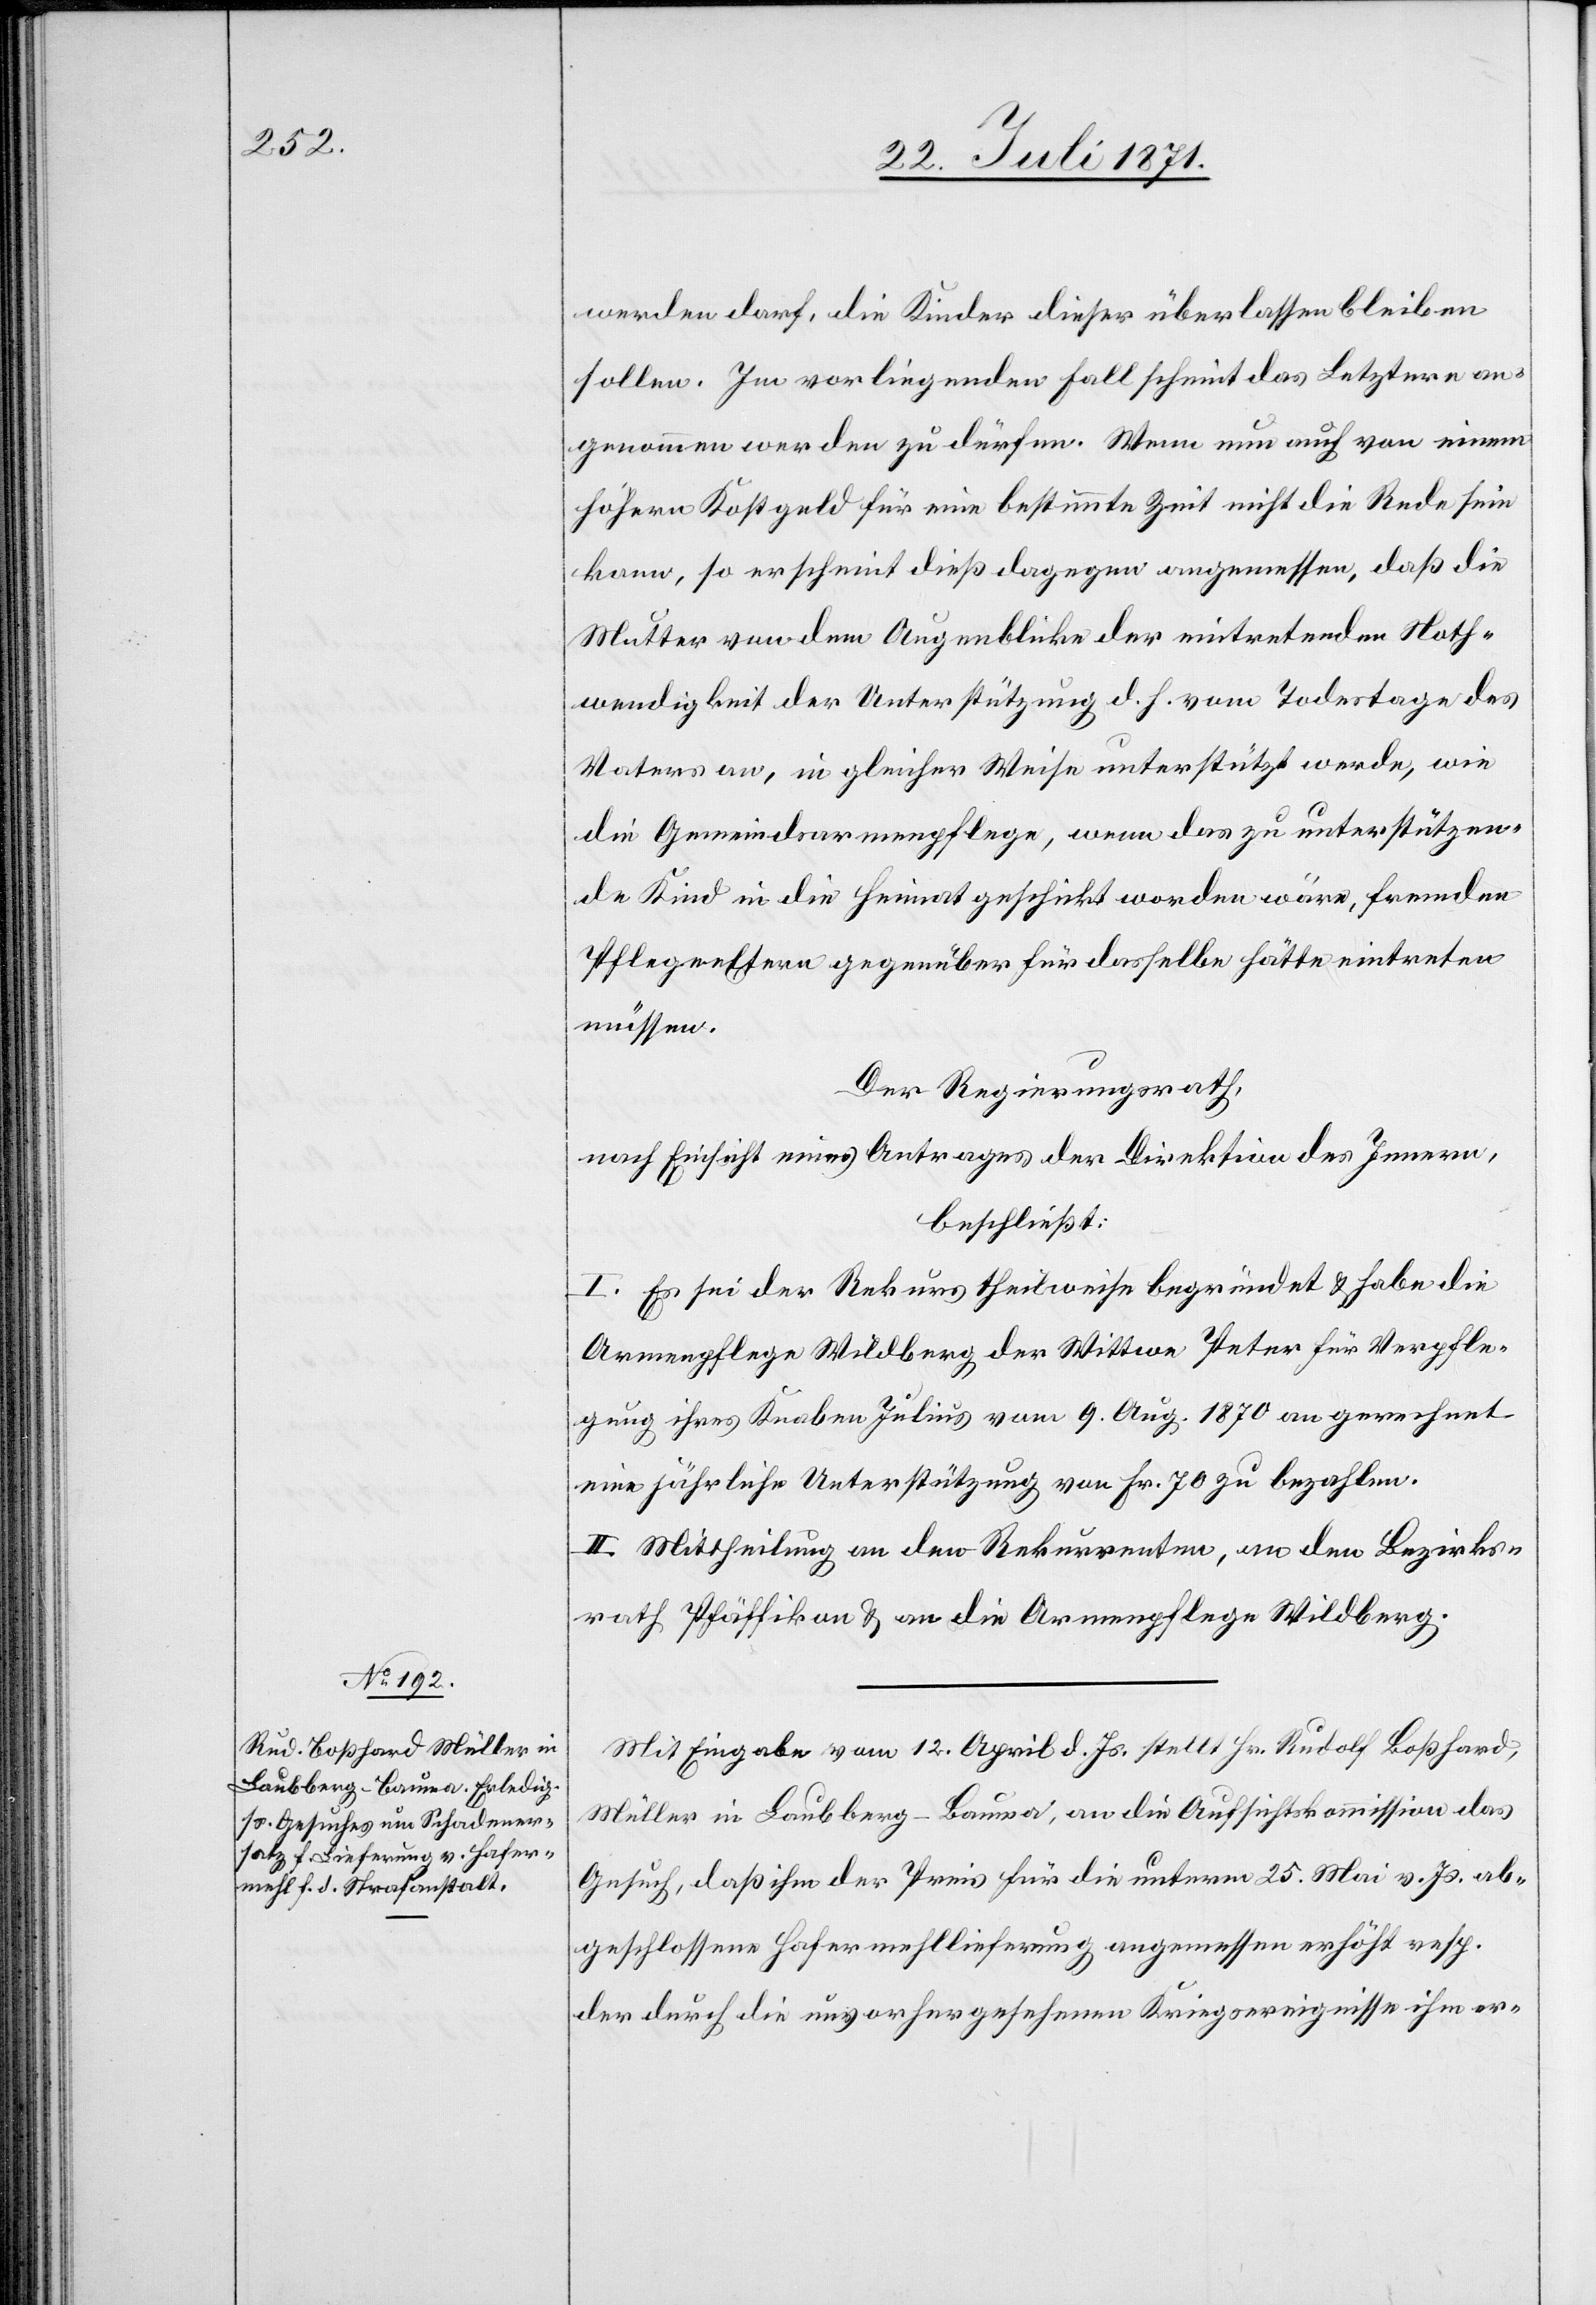
werden darf, die Kinder dieser überlassen bleiben
sollen. Im vorliegenden Fall scheint das Letztere an¬
genommen werden zu dürfen. Wenn nun auch von einem
höhern Kostgeld für eine bestimmte Zeit nicht die Rede sein
kann, so erscheint dieß dagegen angemessen, daß die
Mutter von dem Augenblicke der eintretenden Noth¬
wendigkeit der Unterstützung d. h. vom Todestage des
Vaters an, in gleicher Weise unterstützt werde, wie
die Gemeindsarmenpflege, wenn das zu unterstützen¬
de Kind in die Heimat geschickt worden wäre, fremden
Pflegeeltern gegenüber für dasselbe hätte eintreten
müssen.
Der Regierungsrath,
nach Einsicht eines Antrages der Direktion des Innern,
beschließt:
I. Es sei der Rekurs theilweise begründet u. habe die
Armenpflege Wildberg der Wittwe Peter für Verpfle¬
gung ihres Knaben Julius vom 9. Aug. 1870 an gerechnet
eine jährliche Unterstützung von Fr. 70 zu bezahlen.
II. Mittheilung an den Rekurrenten, an den Bezirks¬
rath Pfäffikon u. an die Armenpflege Wildberg.
Mit Eingabe vom 12. April d. Js. stellt Hr. Rudolf Boßhard,
Müller in Laubberg-Bauma, an die Aufsichtskommission das
Gesuch, daß ihm der Preis für die unterm 25. Mai v. Js. ab¬
geschlossene Hafermehllieferung angemessen erhöht resp.
der durch die unvorhergesehenen Kriegsereignisse ihm er-